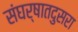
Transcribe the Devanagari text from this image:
संघर्षातदुसरा